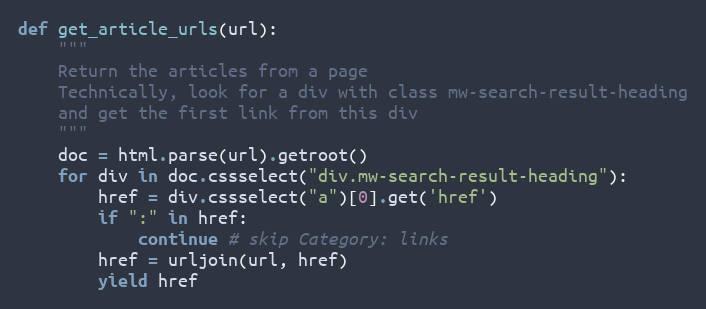
Language: Python
def get_article_urls(url):
    """
    Return the articles from a page
    Technically, look for a div with class mw-search-result-heading
    and get the first link from this div
    """
    doc = html.parse(url).getroot()
    for div in doc.cssselect("div.mw-search-result-heading"):
        href = div.cssselect("a")[0].get('href')
        if ":" in href:
            continue # skip Category: links
        href = urljoin(url, href)
        yield href